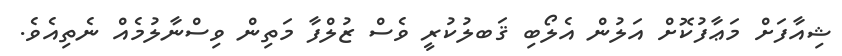
ޝިއާފަށް މަޢާފުކޮށް އަލުން އެލޯބި ޤަބލުކުރީ ވެސް ޒުލްފާ މަތިން ވިސްނާލުމެއް ނެތިއެވެ.